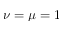
\nu = \mu = 1